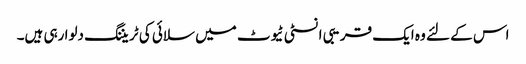
اس کے لئے وہ ایک قریبی انسٹی ٹیوٹ میں سلائی کی ٹریننگ دلوا رہی ہیں۔